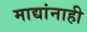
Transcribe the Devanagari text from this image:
माद्यांनाही